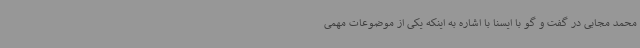
محمد مجابی در گفت و گو با ایسنا با اشاره به اینکه یکی از موضوعات مهمی